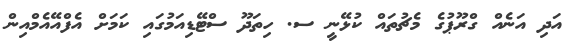
އަދި އަނެއް ގްރޫޕުގެ މެޗުތައް ކުޅޭނީ ސ. ހިތަދޫ ސްޓޭޑިއަމުގައި ކަމަށް އެފްއޭއެމްއިން